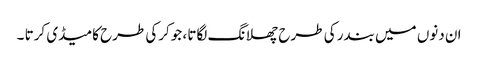
ان دنوں میں بندر کی طرح چھلانگ لگاتا ، جوکرکی طرح کامیڈی کرتا ۔